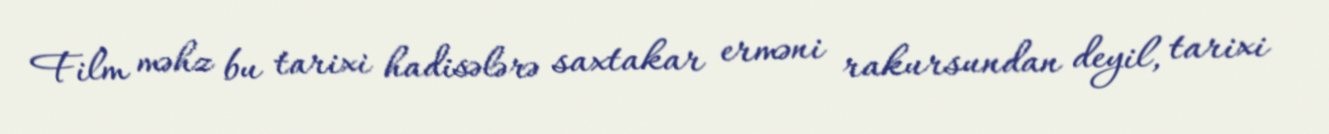
Film məhz bu tarixi hadisələrə saxtakar erməni rakursundan deyil, tarixi